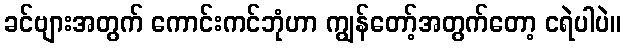
ခင်ဗျားအတွက် ကောင်းကင်ဘုံဟာ ကျွန်တော့်အတွက်တော့ ငရဲပါပဲ။